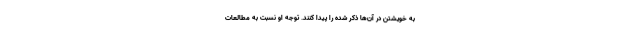
به خویشتن در آن‌ها ذکر شده را پیدا کنند. توجه او نسبت به مطالعات